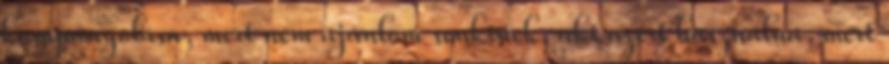
kampányolása, mert nem ajánlom senkinek, aki azért használná, mert